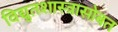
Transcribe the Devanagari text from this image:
विद्युतशास्त्रासोबत